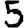
Digit: 5